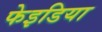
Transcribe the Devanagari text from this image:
फेइडिया